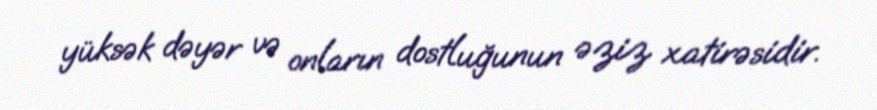
yüksək dəyər və onların dostluğunun əziz xatirəsidir.